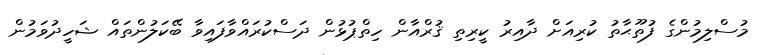
މުސްލިމުންގެ ފުތޫޙާތު ކުރިއަށް ދާއިރު ކީރިތި ޤުރްއާން ހިތްޕުޅުން ދަސްކުރައްވާފައިވާ ބޭކަލުންތައް ޝަހީދުވަމުން